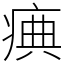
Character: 痶